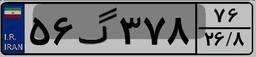
۵۶گ۳۷۸۷۶